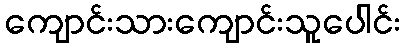
ကျောင်းသားကျောင်းသူပေါင်း